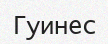
Гуинес